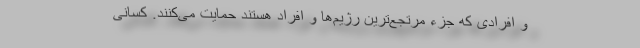
و افرادی که جزء مرتجع‌ترین رژیم‌ها و افراد هستند حمایت می‌کنند. کسانی